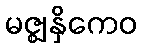
မဇ္ဈနှိကေဝ